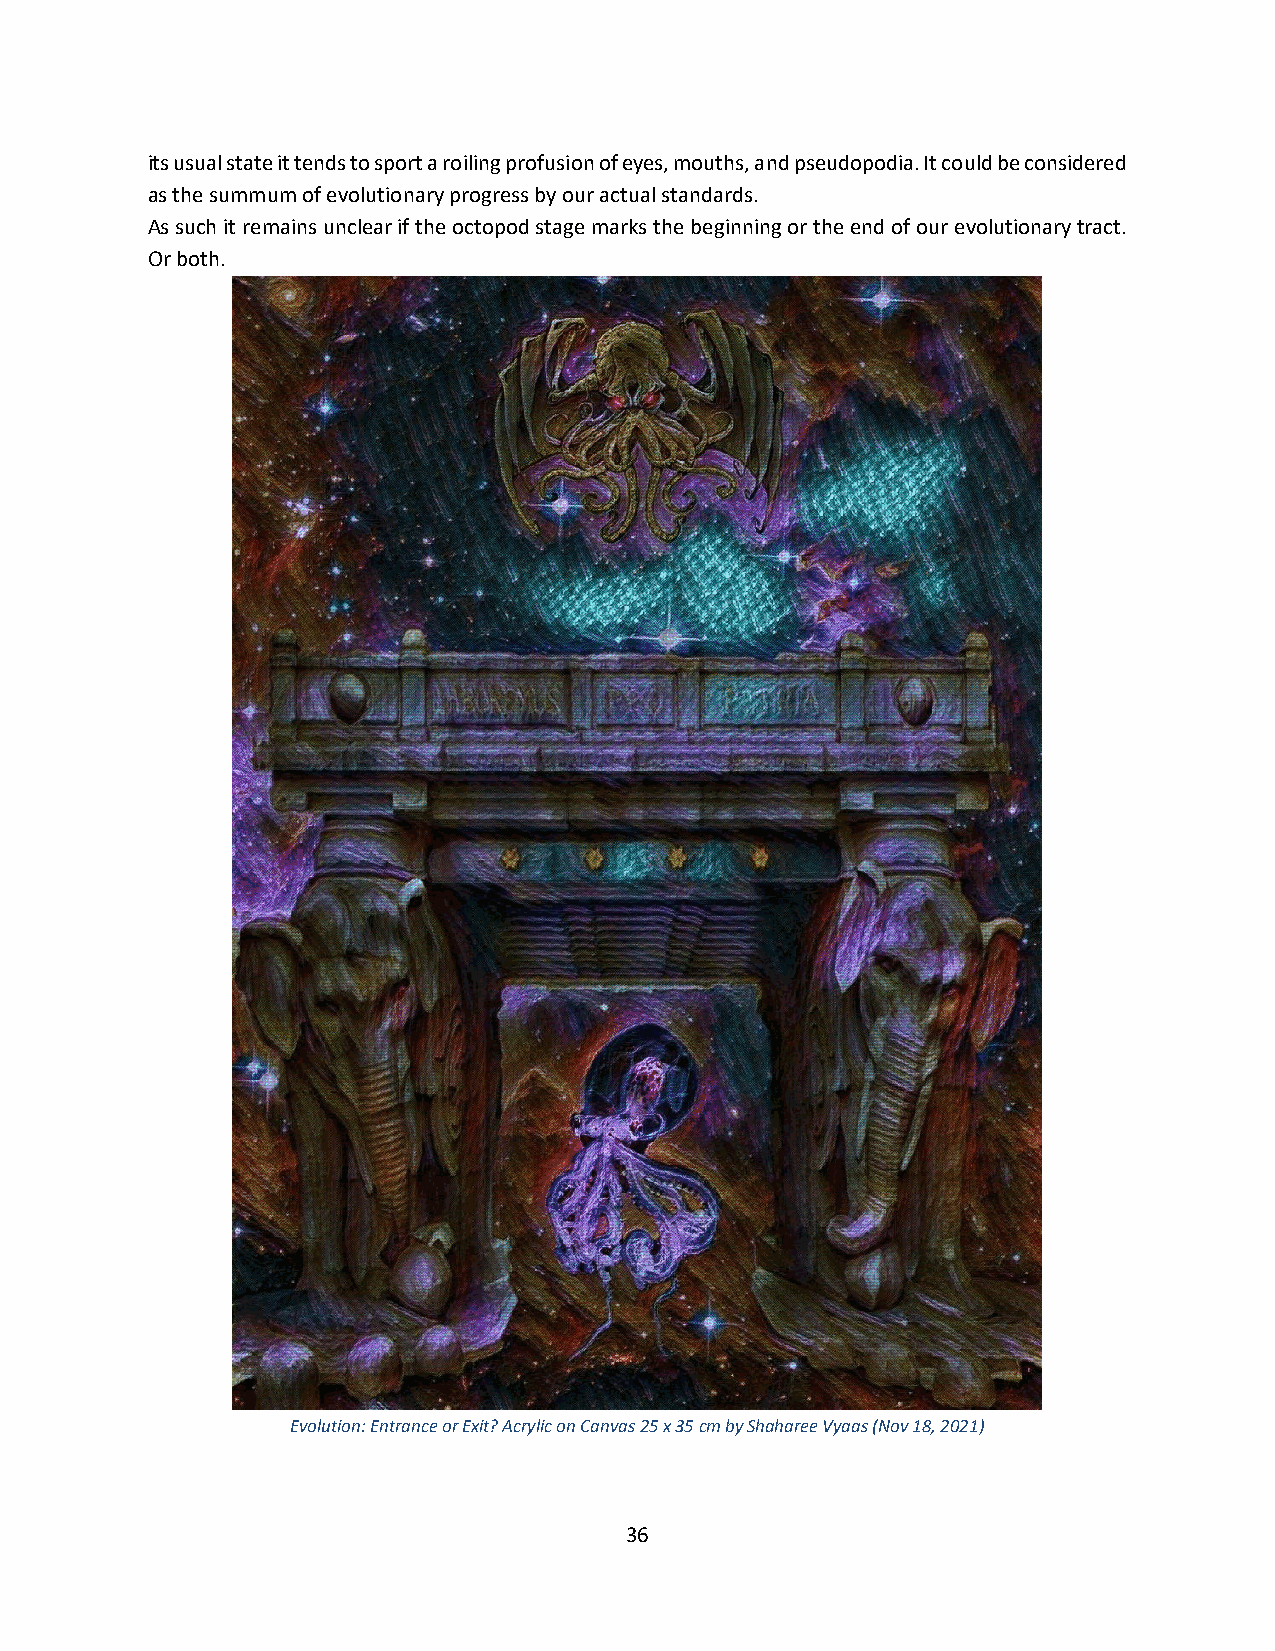
its usual state it tends to sport a roiling profusion of eyes, mouths, and pseudopodia. It could be considered
 as the summum of evolutionary progress by our actual standards.
 As such it remains unclear if the octopod stage marks the beginning or the end of our evolutionary tract.
 Or both.
 Evolution: Entrance or Exit? Acrylic on Canvas 25 x 35 cm by Shaharee Vyaas (Nov 18, 2021)
 36